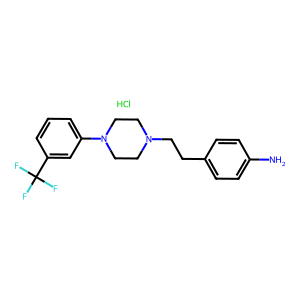
SMILES: Cl.Nc1ccc(CCN2CCN(c3cccc(C(F)(F)F)c3)CC2)cc1
Inhibits HIV replication: No